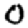
Digit: 0